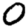
Digit: 0